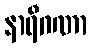
နာရီဂဏာ